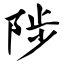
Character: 陟